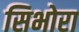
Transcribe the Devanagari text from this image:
सिभोरा